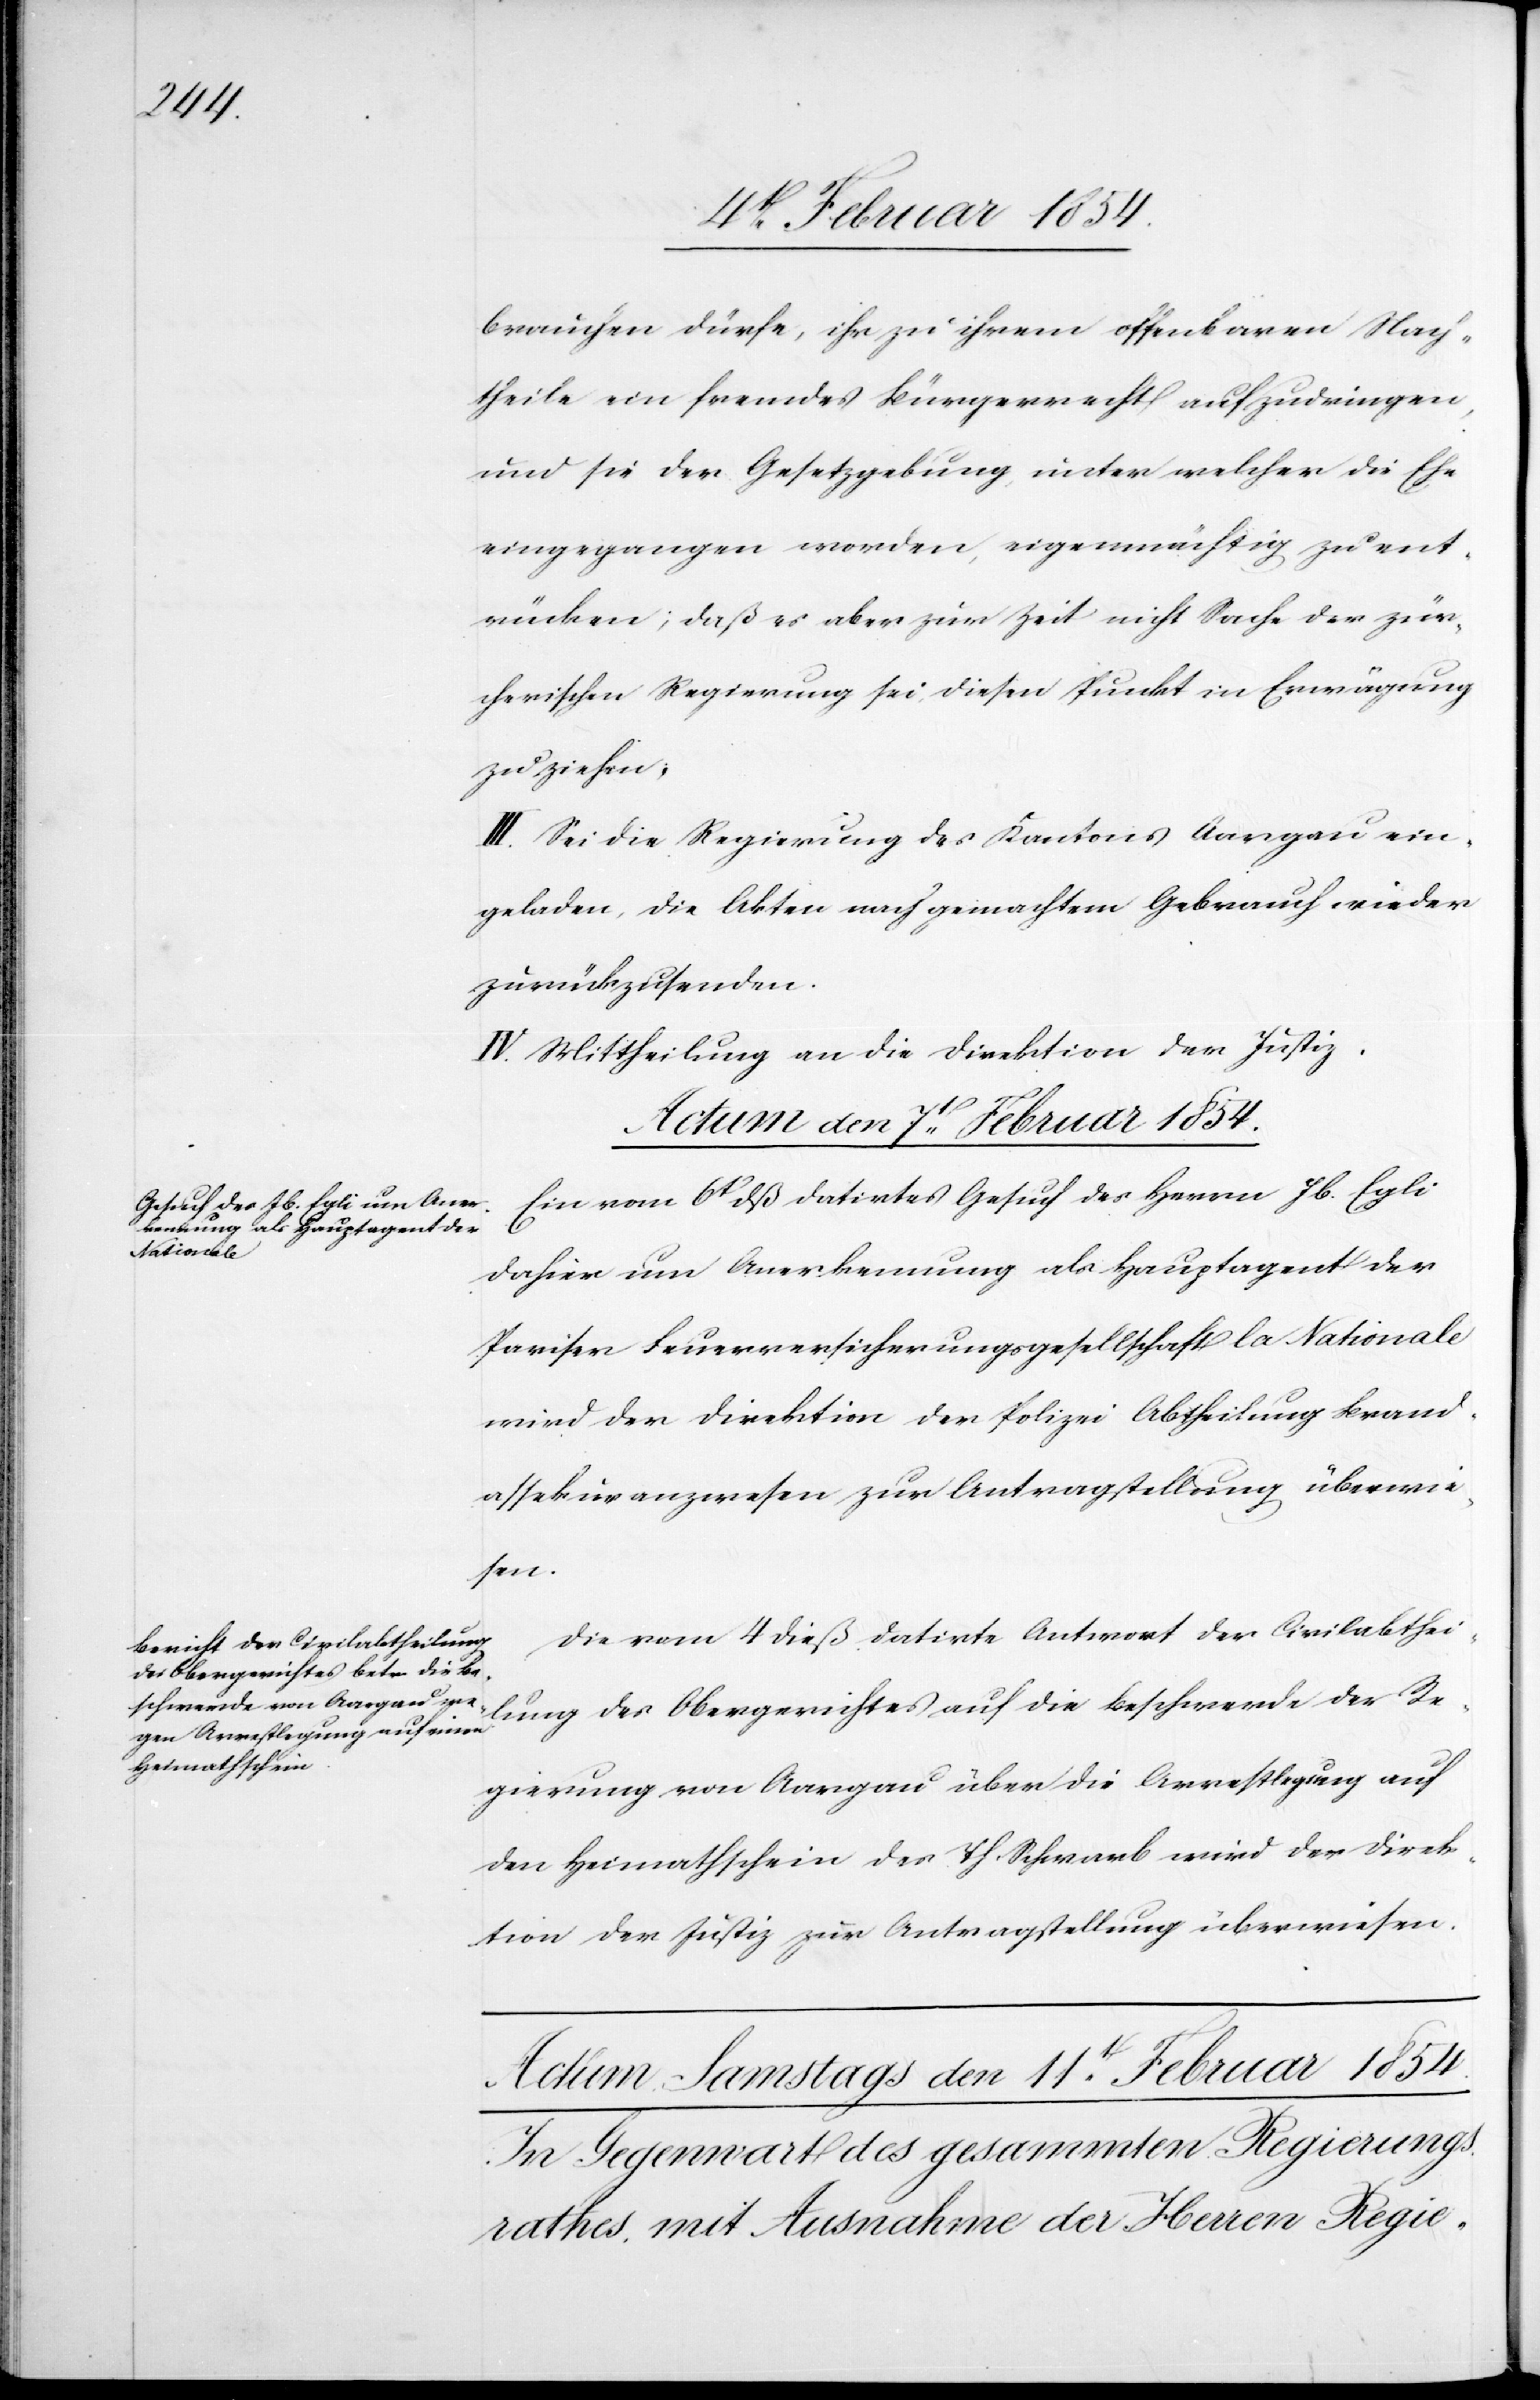
brauchen dürfe, ihr zu ihrem offenbaren Nach¬
theile ein fremdes Bürgerrecht aufzudringen,
und sie der Gesetzgebung, unter welcher die Ehe
eingegangen worden, eigenmächtig zu ent¬
rücken; daß es aber zur Zeit nicht Sache der zür¬
cherischen Regierung sei, diesen Punkt in Erwägung
zu ziehen;
III. Sei die Regierung des Kantons Aargau ein¬
geladen, die Akten nach gemachtem Gebrauch wieder
zurückzusenden.
IV. Mittheilung an die Direktion der Justiz.
Actum den 7t Februar 1854.]
Ein vom 6t dieß datirtes Gesuch des Herrn Jb. Egli
dahier um Anerkennung als Hauptagent der
Pariser Feuerversicherungsgesellschaft la Nationale
wird der Direktion der Polizei Abtheilung Brand¬
assekuranzwesen zur Antragstellung überwie¬
sen.
Die vom 4 dieß datirte Antwort der Civilabthei¬
lung des Obergerichtes auf die Beschwerde der Re¬
gierung von Aargau über die Arrestlegung auf
den Heimathschein des Th. Schwarb wird der Direk¬
tion der Justiz zur Antragstellung überwiesen.